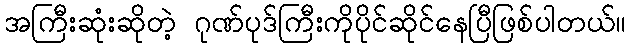
အကြီးဆုံးဆိုတဲ့ ဂုဏ်ပုဒ်ကြီးကိုပိုင်ဆိုင်နေပြီဖြစ်ပါတယ်။